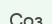
Соз